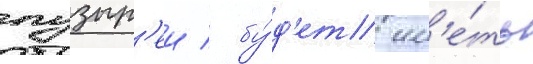
пузыр'еи / бу́д'ет им'е́ть